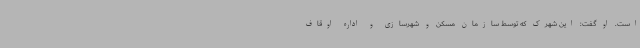
است. او گفت: این شهرک که توسط سازمان مسکن و شهرسازی و اداره اوقاف